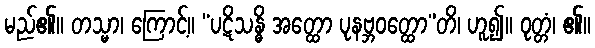
မည်၏။ တသ္မာ၊ ကြောင့်။ “ပဋိသန္ဓိ အတ္ထော ပုနဗ္ဘဝတ္ထော”တိ၊ ဟူ၍။ ဝုတ္တံ၊ ၏။